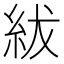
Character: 紱